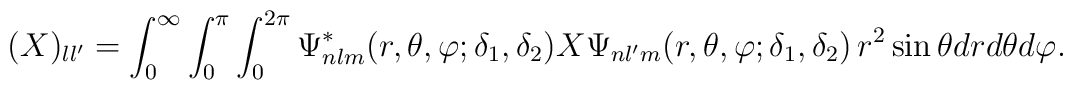
(X)_{ll'} = \int_{0}^{ \infty}            \int_{0}^{ \pi}            \int_{0}^{2\pi}\Psi_{nlm}^*(r,\theta,\varphi;\delta_1,\delta_2)X \Psi_{nl'm}(r,\theta,\varphi;\delta_1,\delta_2) \,r^2 \sin\theta dr d\theta d\varphi.